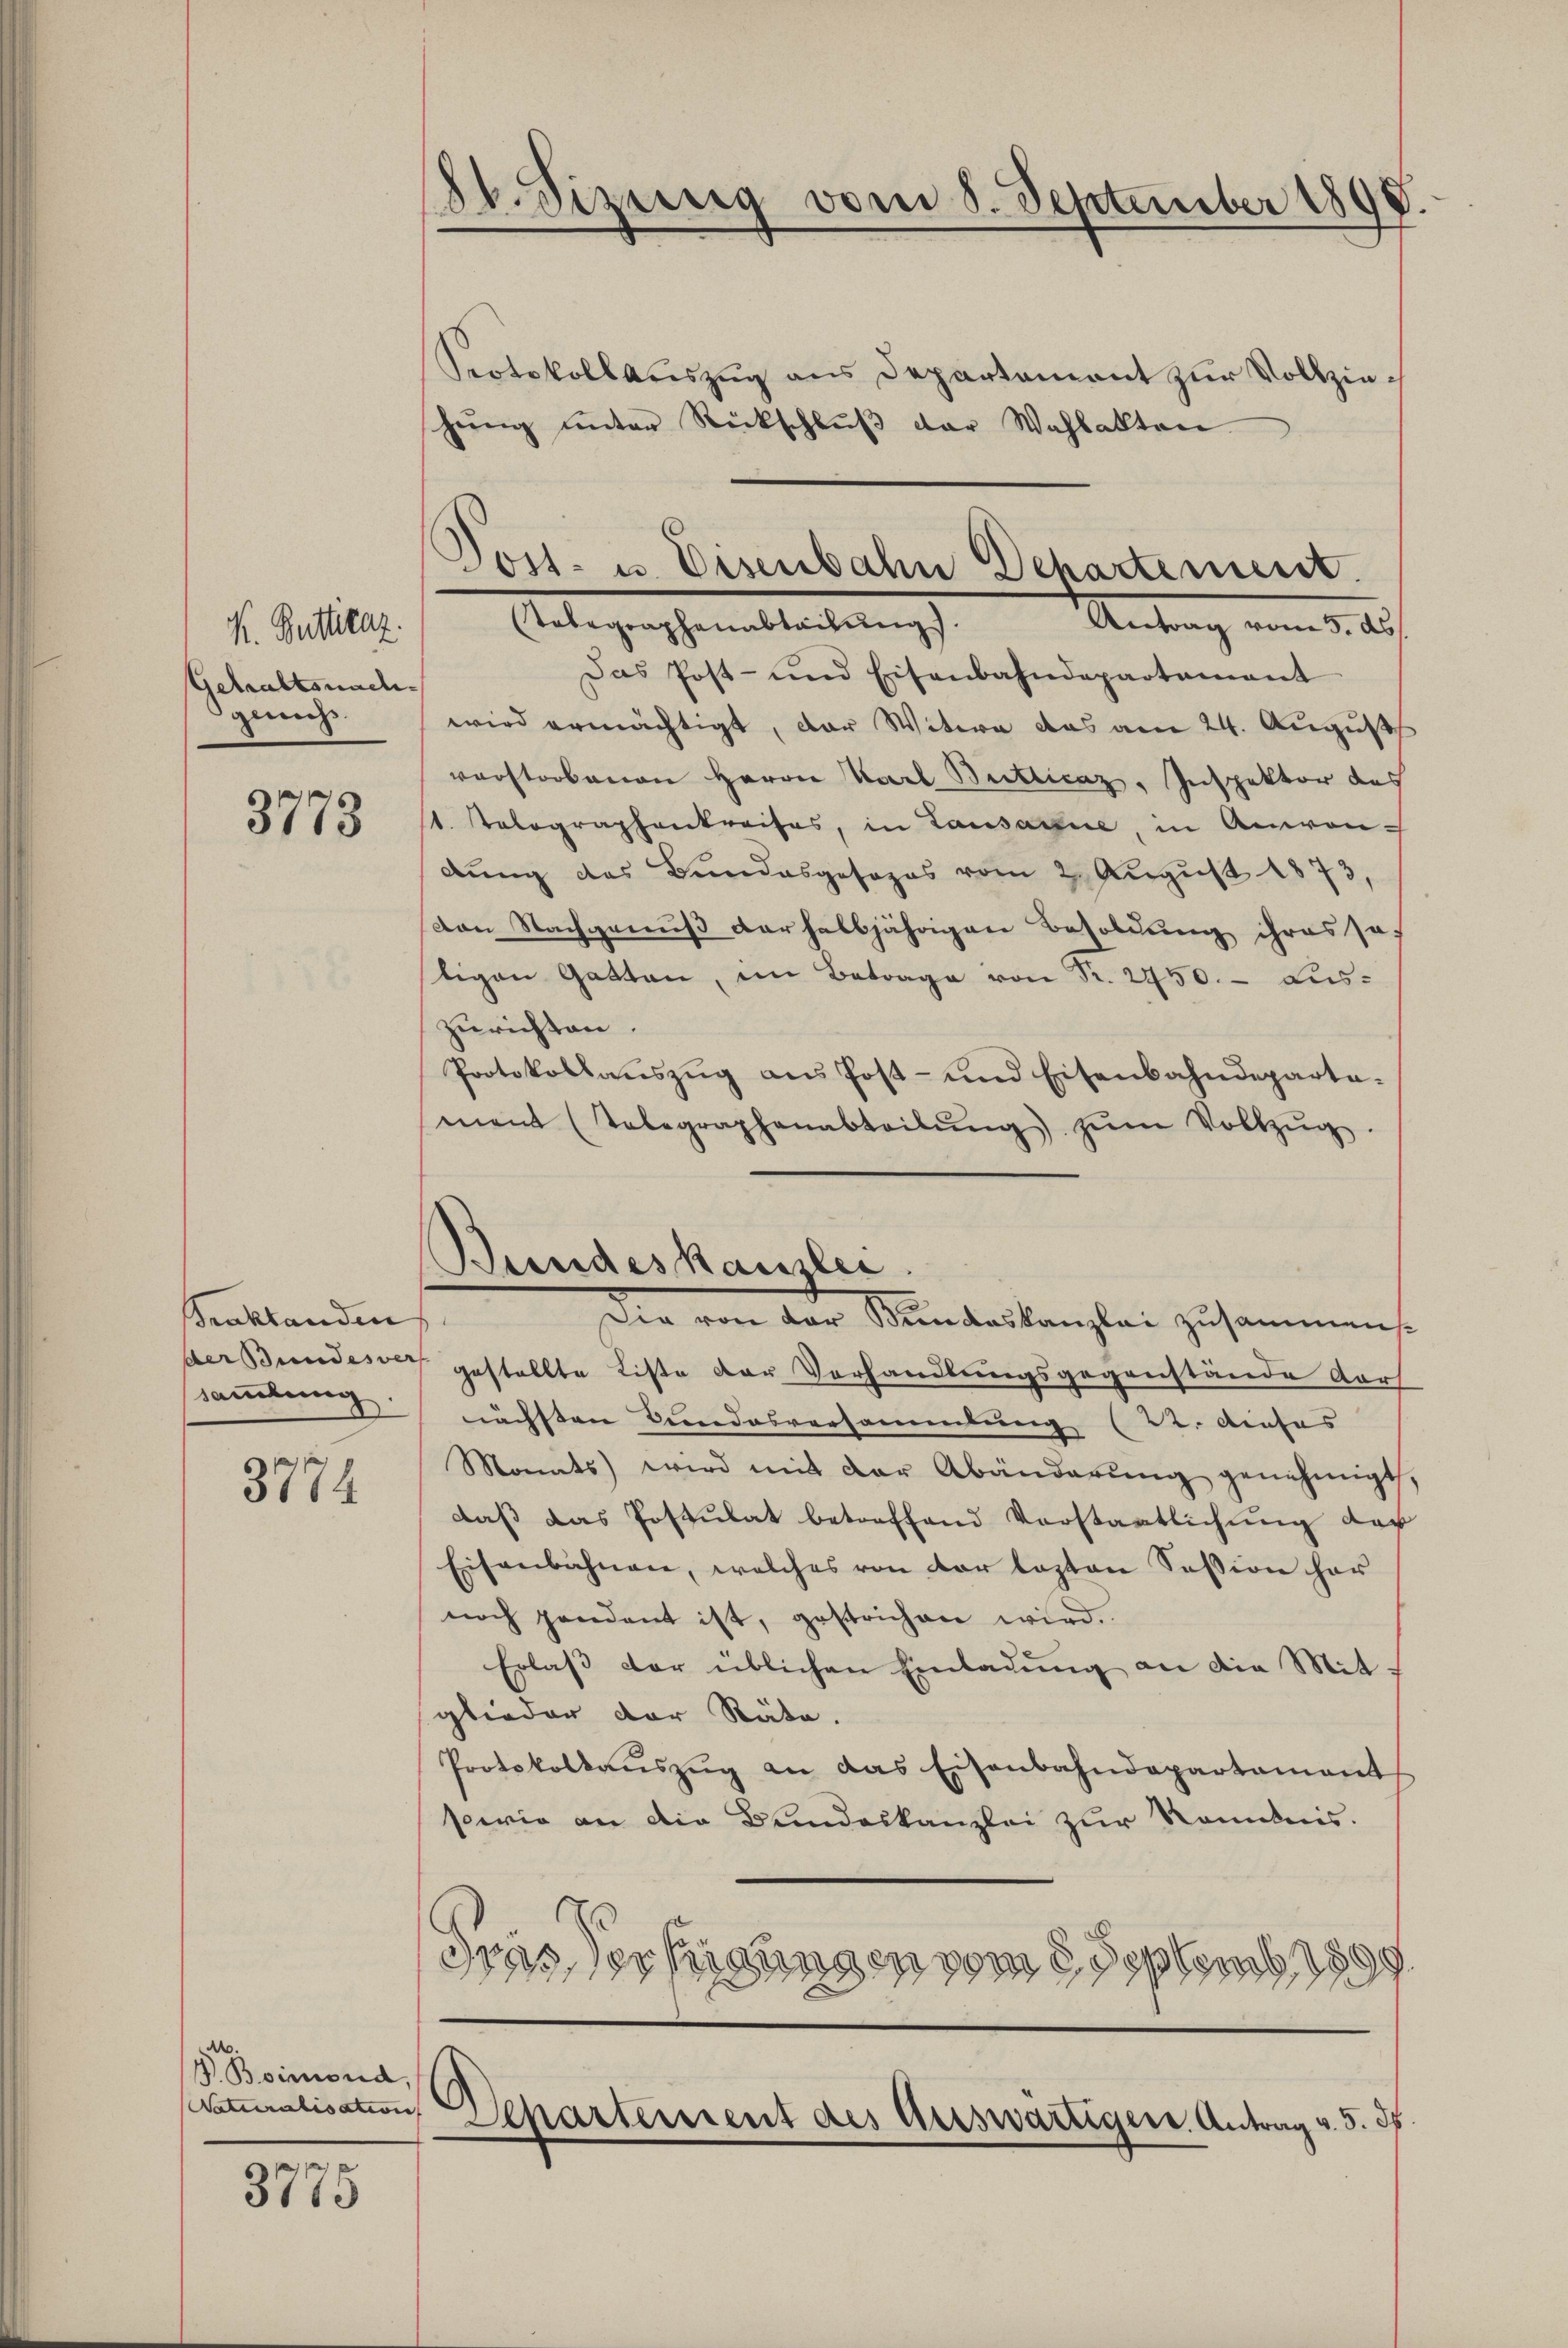
K. Buttilaz.
Getraftsnachgewechs

3773

Traktanden
sammlung.

3774

P. Boimond.

3775

Protokoll auszug aus Departament zur Vollziehŭng ŭnter Rückschlŭβ der Wahlakten
Das Post- und Eisenbahndepartamant
wird ermächtigt, der Witwe das am 24. August
verstorbenen Herrn Karl Butticaz, Inspektor des
t olographenkreises, in Lausanne, in Anwendŭng des Bŭndesgesezes vom 2. Aŭgŭst 1873,
von Nachgenuß der halbjährigen Besoldung ihres so:
tigen Gatten, im Betrage von Pr. 2450. - Aus-
zurichten.
Protokollaŭszŭg ans Post- und Eisenbahndeparta-
ment (Telegraphenabteilŭng zŭm Vollzŭg.
Bundeskanzlei
Die von der Kindeskanzlei zusammens.
ber Bundesse gestellte Liste der Verhandlungsgegenstände dars
nächsten Kindesversammlung (2. dieses |
Monats wird mit der Abänderŭng genehmigt,
daß das Postulat betreffend Vorstaatlichung der
Eisenbahnen, welches von der lezten Session her
noch pendant ist, gestrichen wird.
Erlass der üblichen Einladung an die Mit-
glieder der Räte.
Protokollaŭszŭg an das Eisenbahndepartament
sowie an die Bundeskanzlei zur Rombeeis.
Gras Verfügungen vom 5. Septemb. 1899

18t. Sizung vom 8. September 1890

Post- u. Eisenbahn Departement.
Anlegenschemaltaltung
Antrag vom 5. d.

talisation Departement des Auswärtiger Antrag v. 5. d.